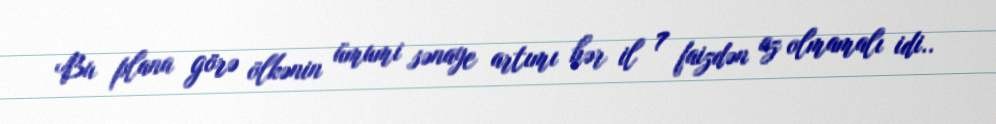
Bu plana görə ölkənin ümumi sənaye artımı hər il 7 faizdən az olmamalı idi..